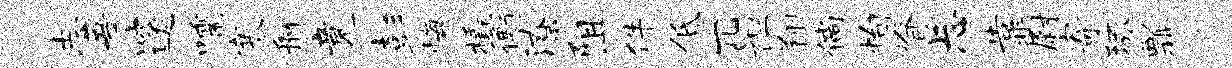
志吾邃嚅寒舸竟彭悔橇衡潦阻件低兀袒翔倘恂脊忐靠尉寄琢瓢